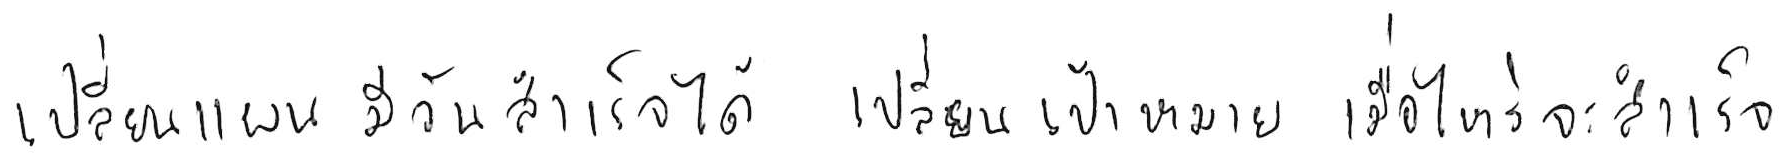
เปลี่ยนแผน มีวันสำเร็จได้ เปลี่ยนเป้าหมาย เมื่อไหร่จะสำเร็จ